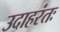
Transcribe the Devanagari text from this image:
उदाहरंतः